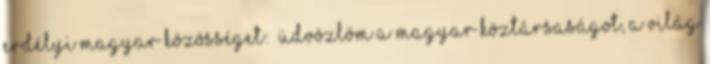
erdélyi magyar közösséget: „Üdvözlöm a Magyar Köztársaságot, a világ